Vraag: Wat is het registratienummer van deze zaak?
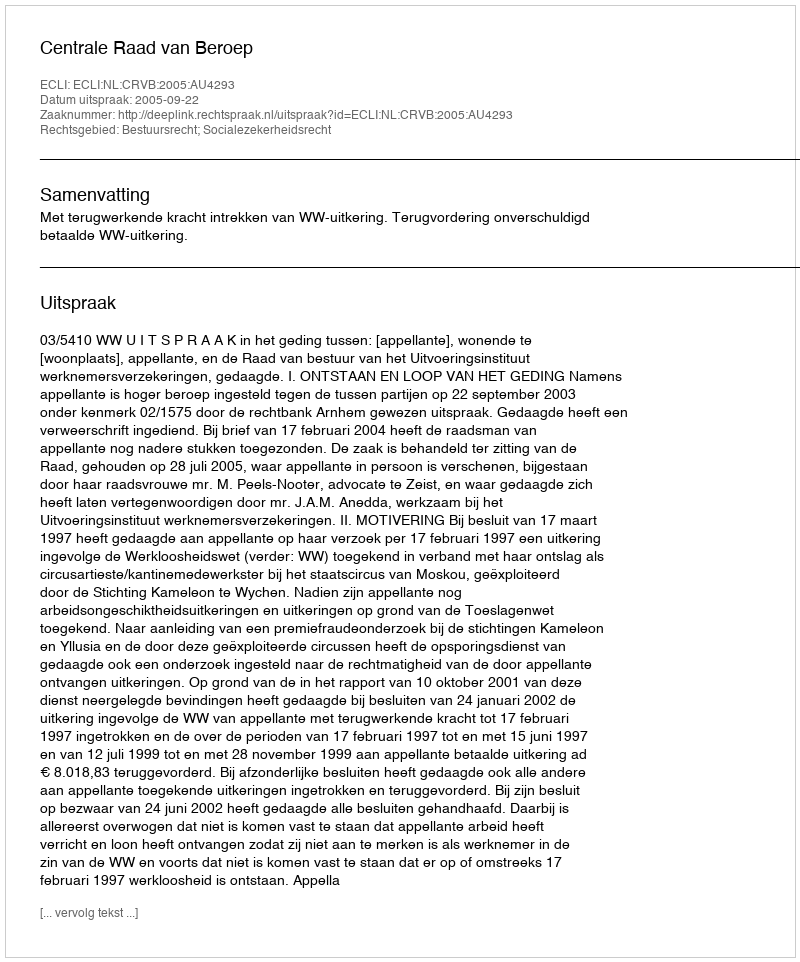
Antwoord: http://deeplink.rechtspraak.nl/uitspraak?id=ECLI:NL:CRVB:2005:AU4293